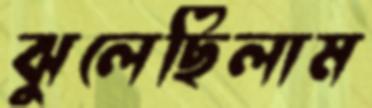
ঝুলেছিলাম